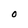
Character: O